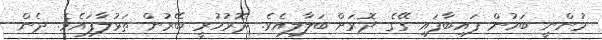
މުންނީ ބަހުން ފައިބާފައި ގޭގެ ދޮރަށް ބަލާލިއެވެ. ދޮރުހުރީ ބޭރުން ތަޅުލާފައެވެ. ދެން